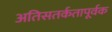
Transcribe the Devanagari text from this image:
अतिसतर्कतापूर्वक